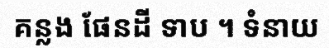
គន្លង ផែនដី ទាប ។ ទំនាយ